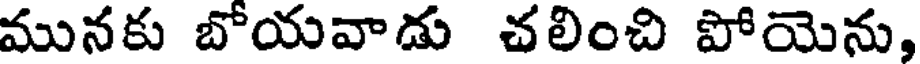
మునకు బోయవాడు చలించి పోయెను,